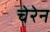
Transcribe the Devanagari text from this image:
चेरेन